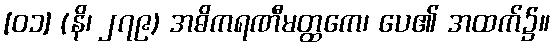
[၀၁] (နိ၊ ၂၇၉) အဓိကရဏီမတ္ထကေ၊ ပေ၏ အထက်၌။